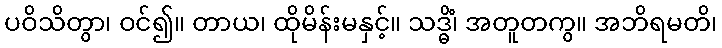
ပဝိသိတွာ၊ ဝင်၍။ တာယ၊ ထိုမိန်းမနှင့်။ သဒ္ဓိံ၊ အတူတကွ။ အဘိရမတိ၊